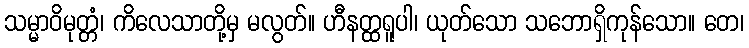
သမ္မာဝိမုတ္တံ၊ ကိလေသာတို့မှ မလွတ်။ ဟီနတ္ထရူပါ၊ ယုတ်သော သဘောရှိကုန်သော။ တေ၊